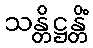
သန္တိဋ္ဌန္တိံ